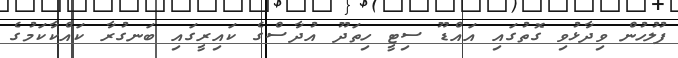
ފުލުހުން ވިދާޅުވި ގޮތުގައި އައްޑޫ ސިޓީ ހިތަދޫ އުދާސްގެ ކައިރީގައި ބަނގުރާ ކައްކާކަމުގެ